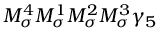
M _ { \sigma } ^ { 4 } M _ { \sigma } ^ { 1 } M _ { \sigma } ^ { 2 } M _ { \sigma } ^ { 3 } \gamma _ { 5 }